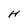
Character: H